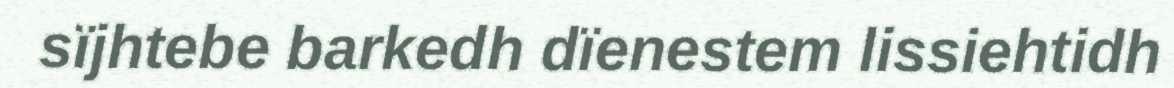
sïjhtebe barkedh dïenestem lissiehtidh